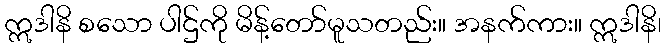
ဣဒါနိ စသော ပါဌ်ကို မိန့်တော်မူသတည်း။ အနက်ကား။ ဣဒါနိ၊